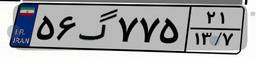
۸۵گ۷۹۵۹۷